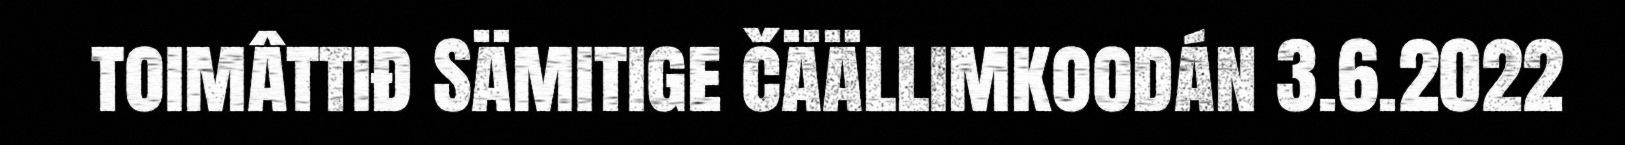
toimâttiđ Sämitige čäällimkoodán 3.6.2022